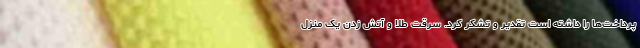
پرداخت‌ها را داشته است تقدیر و تشکر کرد. سرقت طلا و آتش زدن یک منزل